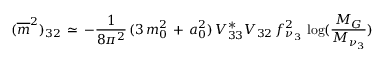
( \overline { { { m } } } ^ { 2 } ) _ { 3 2 } \, \simeq \, - \frac { 1 } { 8 \pi ^ { 2 } } \, ( 3 \, m _ { 0 } ^ { 2 } \, + \, a _ { 0 } ^ { 2 } ) \, V _ { 3 3 } ^ { * } V _ { 3 2 } \, f _ { \nu _ { 3 } } ^ { 2 } \, \log ( \frac { M _ { G } } { M _ { \nu _ { 3 } } } )